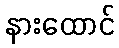
နားထောင်